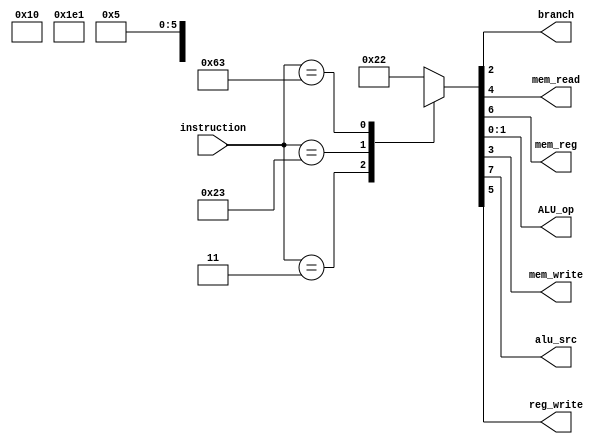
module control(instruction, branch, mem_read, mem_reg, ALU_op, mem_write, alu_src, reg_write);

    // I/O
    input [6:0] instruction;
    output reg branch, mem_read, mem_reg, mem_write, alu_src, reg_write;
    output reg [1:0] ALU_op;

    // Stores data in format:
    // alu_src
    // mem_reg
    // reg_write
    // mem_read
    // mem_write
    // branch
    // ALU_op 2'b
    reg [7:0] container;

    always @ * begin
        
        // Switch statement for opcode
        case(instruction)

            // R-Type instructions
            7'b0110011: 
                container = 8'b00100010;
            
            // Load instruction
            7'b0000011:
                container = 8'b11110000;

            // Store instruction
            7'b0100011:
                container = 8'b1x001000;

            // BEQ instruction
            // May be 7'b1100011 - Conflicting info in canvas modules
            7'b1100011:
                container = 8'b0x000101;

        endcase

        alu_src = container[7];
        mem_reg = container[6];
        reg_write = container[5];
        mem_read = container[4];
        mem_write = container[3];
        branch = container[2];
        ALU_op[1:0] = container[1:0];

    end

endmodule